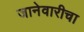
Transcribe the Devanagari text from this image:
जानेवारीचा